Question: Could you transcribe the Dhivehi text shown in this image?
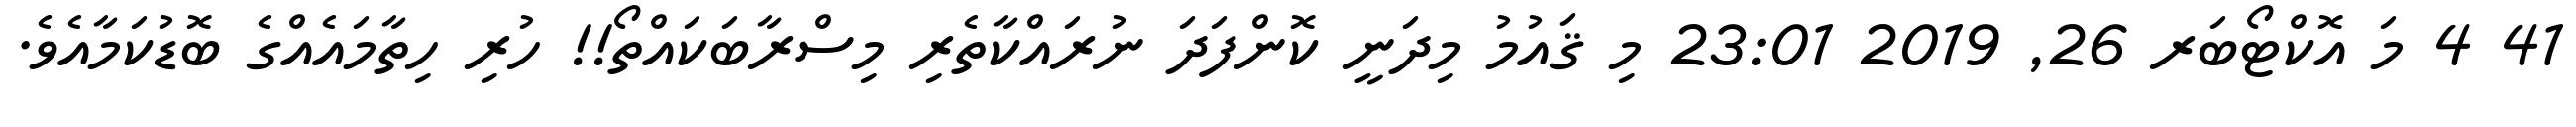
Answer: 41 4 މަ އޮކްޓޯބަރ 26, 2019 23:01 މި ޤައުމު މިދަނީ ކޮންފަދަ ނުރައްކާތެރި މިސްރާބަކައްތޯ!! ހުރި ހިތާމައެއްގެ ބޮޑުކަމާއެވެ.